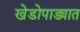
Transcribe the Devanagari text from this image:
खेडोपाड्यात